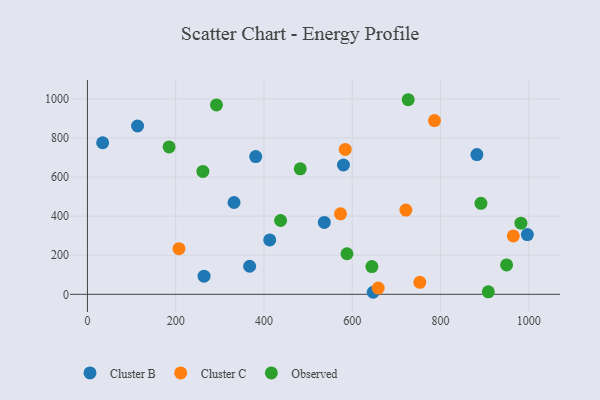
{"axis": {"x": "Experience", "y": "Rating"}, "legend": ["Cluster B", "Cluster C", "Observed"], "data": [{"x": "113.6", "y": 861.3, "type": "Cluster B"}, {"x": "381.3", "y": 705.1, "type": "Cluster B"}, {"x": "647.6", "y": 10.4, "type": "Cluster B"}, {"x": "536.8", "y": 367.7, "type": "Cluster B"}, {"x": "34.4", "y": 775.7, "type": "Cluster B"}, {"x": "264.3", "y": 92.7, "type": "Cluster B"}, {"x": "580.2", "y": 661.8, "type": "Cluster B"}, {"x": "997.0", "y": 305.8, "type": "Cluster B"}, {"x": "367.6", "y": 143.7, "type": "Cluster B"}, {"x": "882.6", "y": 715.1, "type": "Cluster B"}, {"x": "413.1", "y": 278.1, "type": "Cluster B"}, {"x": "332.2", "y": 469.9, "type": "Cluster B"}, {"x": "584.2", "y": 741.4, "type": "Cluster C"}, {"x": "786.5", "y": 889.2, "type": "Cluster C"}, {"x": "721.7", "y": 431.1, "type": "Cluster C"}, {"x": "573.5", "y": 411.9, "type": "Cluster C"}, {"x": "753.2", "y": 61.5, "type": "Cluster C"}, {"x": "965.2", "y": 298.9, "type": "Cluster C"}, {"x": "658.9", "y": 31.8, "type": "Cluster C"}, {"x": "207.4", "y": 233.3, "type": "Cluster C"}, {"x": "261.6", "y": 628.7, "type": "Observed"}, {"x": "185.0", "y": 754.5, "type": "Observed"}, {"x": "982.4", "y": 363.8, "type": "Observed"}, {"x": "292.4", "y": 969.1, "type": "Observed"}, {"x": "949.9", "y": 150.3, "type": "Observed"}, {"x": "588.2", "y": 207.5, "type": "Observed"}, {"x": "726.9", "y": 995.8, "type": "Observed"}, {"x": "482.3", "y": 642.4, "type": "Observed"}, {"x": "437.7", "y": 377.7, "type": "Observed"}, {"x": "908.5", "y": 12.6, "type": "Observed"}, {"x": "644.6", "y": 142.1, "type": "Observed"}, {"x": "891.8", "y": 465.8, "type": "Observed"}]}